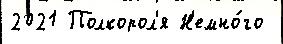
2021 Полкорол'я Н'емно́го